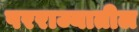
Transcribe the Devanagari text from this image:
परराज्यातील